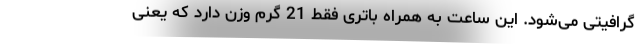
گرافیتی می‌شود. این ساعت به همراه باتری فقط 21 گرم وزن دارد که یعنی